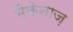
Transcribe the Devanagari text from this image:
मैकेनाज़